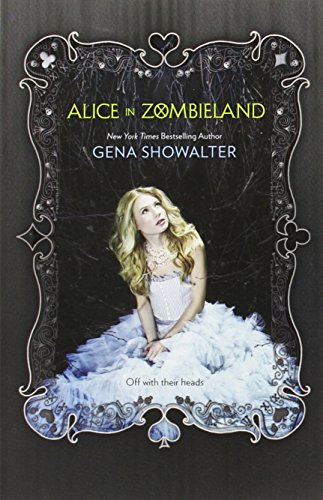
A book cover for Alice in Zombieland (White Rabbit Chronicles); Gena Showalter; Teen & Young Adult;